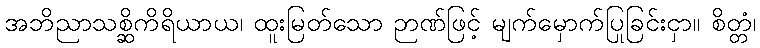
အဘိညာသစ္ဆိကိရိယာယ၊ ထူးမြတ်သော ဉာဏ်ဖြင့် မျက်မှောက်ပြုခြင်းငှာ။ စိတ္တံ၊